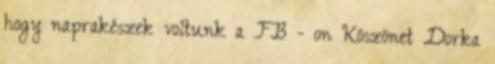
hogy naprakészek voltunk a FB - on Köszönet Dorka